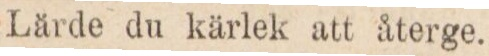
Lärde du kärlek att återge.